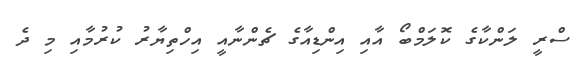
ސްރީ ލަންކާގެ ކޮލަމްބޯ އާއި އިންޑިއާގެ ޗެންނާއީ އިހްތިޔާރު ކުރުމާއި މި ދެ